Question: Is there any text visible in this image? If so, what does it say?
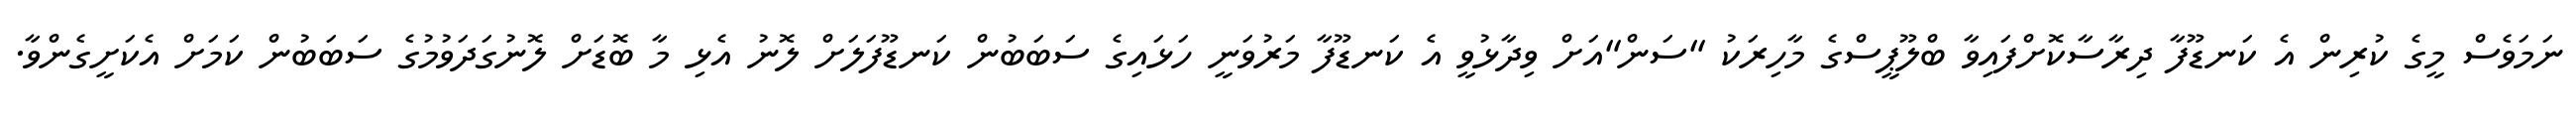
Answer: ނަމަވެސް މީގެ ކުރިން އެ ކަނޑޫފާ ދިރާސާކޮށްފައިވާ ބްލޫޕީސްގެ މާހިރަކު "ސަން"އަށް ވިދާޅުވީ އެ ކަނޑޫފާ މަރުވަނީ ހަޅައިގެ ސަބަބުން ކަނޑޫފަލަށް ލޮނު އެޅި މާ ބޮޑަށް ލޮނުގަދަވުމުގެ ސަބަބުން ކަމަށް އެކަށީގެންވާ.